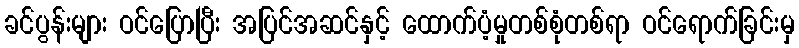
ခင်ပွန်းများ ဝင်ပြောပြီး အပြင်အဆင်နှင့် ထောက်ပံ့မှုတစ်စုံတစ်ရာ ဝင်ရောက်ခြင်းမှ